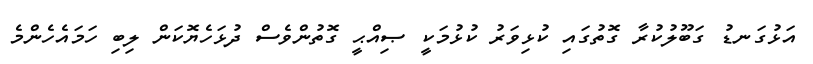
އަޅުގަނޑު ގަބޫލުކުރާ ގޮތުގައި ކުޅިވަރު ކުޅުމަކީ ޞިއްޙީ ގޮތުންވެސް ދުޅަހެޔޮކަން ލިބި ހަމައެހެންމެ